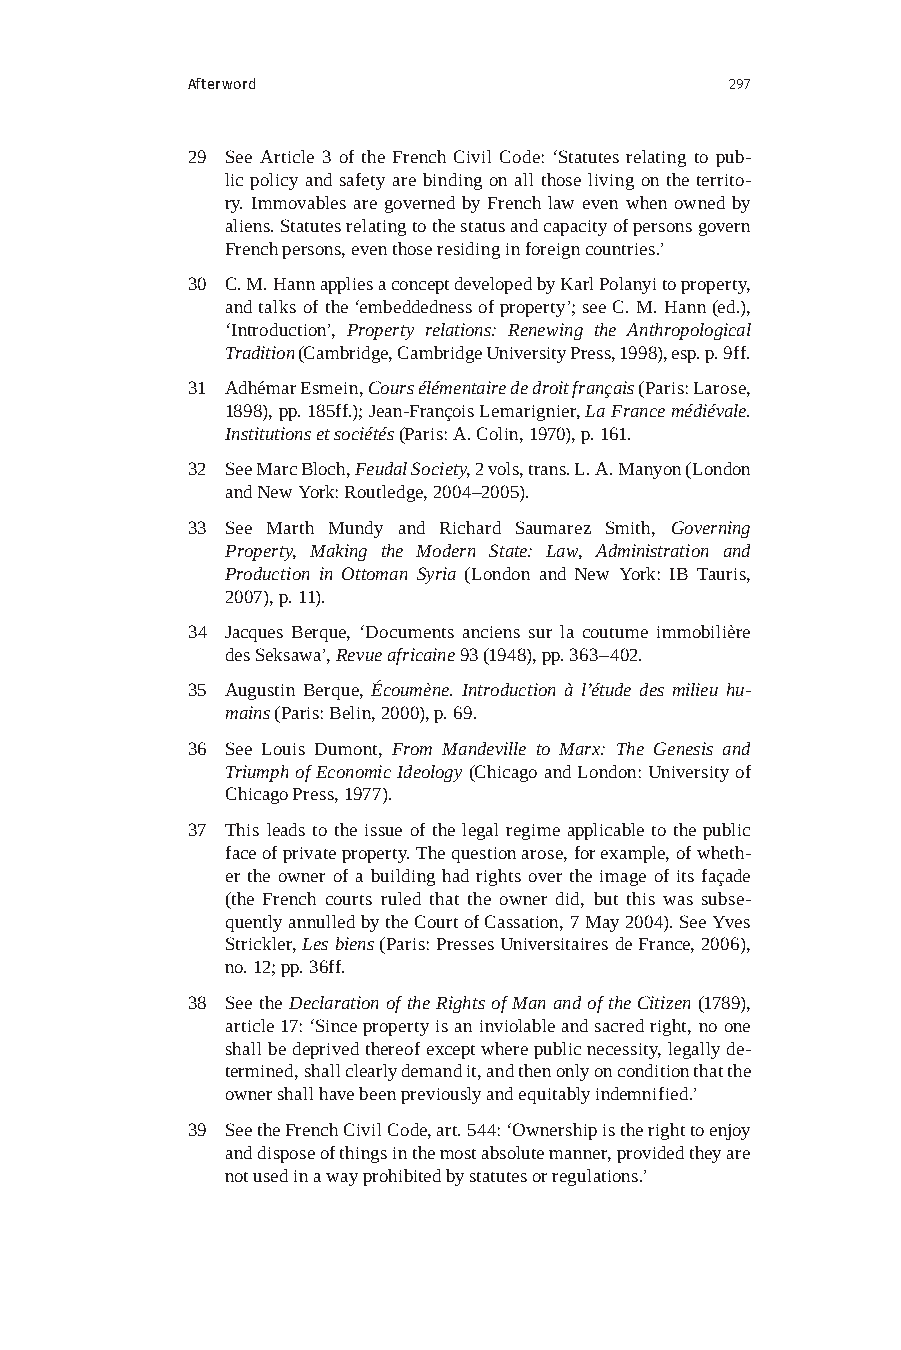
Afterword                           297
 29 See Article 3 of the French Civil Code: ‘Statutes relating to pub-
 lic policy and safety are binding on all those living on the territo-
 ry. Immovables are governed by French law even when owned by
 aliens. Statutes relating to the status and capacity of persons govern
 French persons, even those residing in foreign countries.’
 30 C. M. Hann applies a concept developed by Karl Polanyi to property,
 and talks of the ‘embeddedness of property’; see C. M. Hann (ed.),
 ‘Introduction’, Property relations: Renewing the Anthropological
 Tradition (Cambridge, Cambridge University Press, 1998), esp. p. 9ff.
 31 Adhémar Esmein, Cours élémentaire de droit français (Paris: Larose,
 1898), pp. 185ff.); Jean-François Lemarignier, La France médiévale.
 Institutions et sociétés (Paris: A. Colin, 1970), p. 161.
 32 See Marc Bloch, Feudal Society, 2 vols, trans. L. A. Manyon (London
 and New York: Routledge, 2004–2005).
 33 See Marth Mundy and Richard Saumarez Smith, Governing
 Property, Making the Modern State: Law, Administration and
 Production in Ottoman Syria (London and New York: IB Tauris,
 2007), p. 11).
 34 Jacques Berque, ‘Documents anciens sur la coutume immobilière
 des Seksawa’, Revue africaine 93 (1948), pp. 363–402.
 35 Augustin Berque, Écoumène. Introduction à l’étude des milieu hu-
 mains (Paris: Belin, 2000), p. 69.
 36 See Louis Dumont, From Mandeville to Marx: The Genesis and
 Triumph of Economic Ideology (Chicago and London: University of
 Chicago Press, 1977).
 37 This leads to the issue of the legal regime applicable to the public
 face of private property. The question arose, for example, of wheth-
 er the owner of a building had rights over the image of its façade
 (the French courts ruled that the owner did, but this was subse-
 quently annulled by the Court of Cassation, 7 May 2004). See Yves
 Strickler, Les biens (Paris: Presses Universitaires de France, 2006),
 no. 12; pp. 36ff.
 38 See the Declaration of the Rights of Man and of the Citizen (1789),
 article 17: ‘Since property is an inviolable and sacred right, no one
 shall be deprived thereof except where public necessity, legally de-
 termined, shall clearly demand it, and then only on condition that the
 owner shall have been previously and equitably indemnified.’
 39 See the French Civil Code, art. 544: ‘Ownership is the right to enjoy
 and dispose of things in the most absolute manner, provided they are
 not used in a way prohibited by statutes or regulations.’